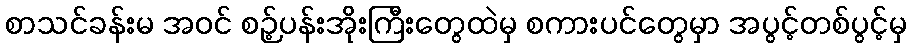
စာသင်ခန်းမ အဝင် စဉ့်ပန်းအိုးကြီးတွေထဲမှ စကားပင်တွေမှာ အပွင့်တစ်ပွင့်မှ